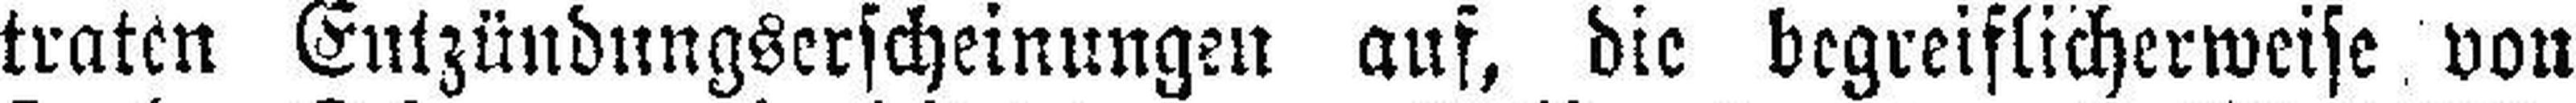
traten Entzündungserscheinungen auf, die begreiflicherweise von